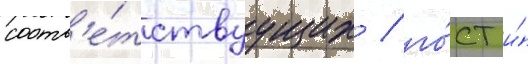
соотв'е́тствуущих / го́ст и́